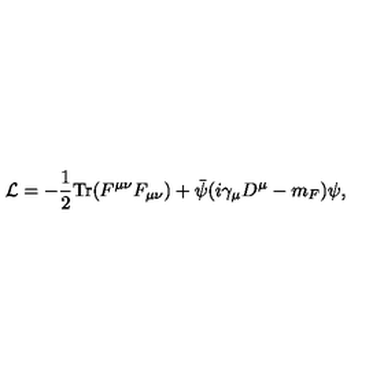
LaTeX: { \cal L } = - \frac { 1 } { 2 } \mathrm { T r } ( F ^ { \mu \nu } F _ { \mu \nu } ) + \bar { \psi } ( i \gamma _ { \mu } D ^ { \mu } - m _ { F } ) \psi ,